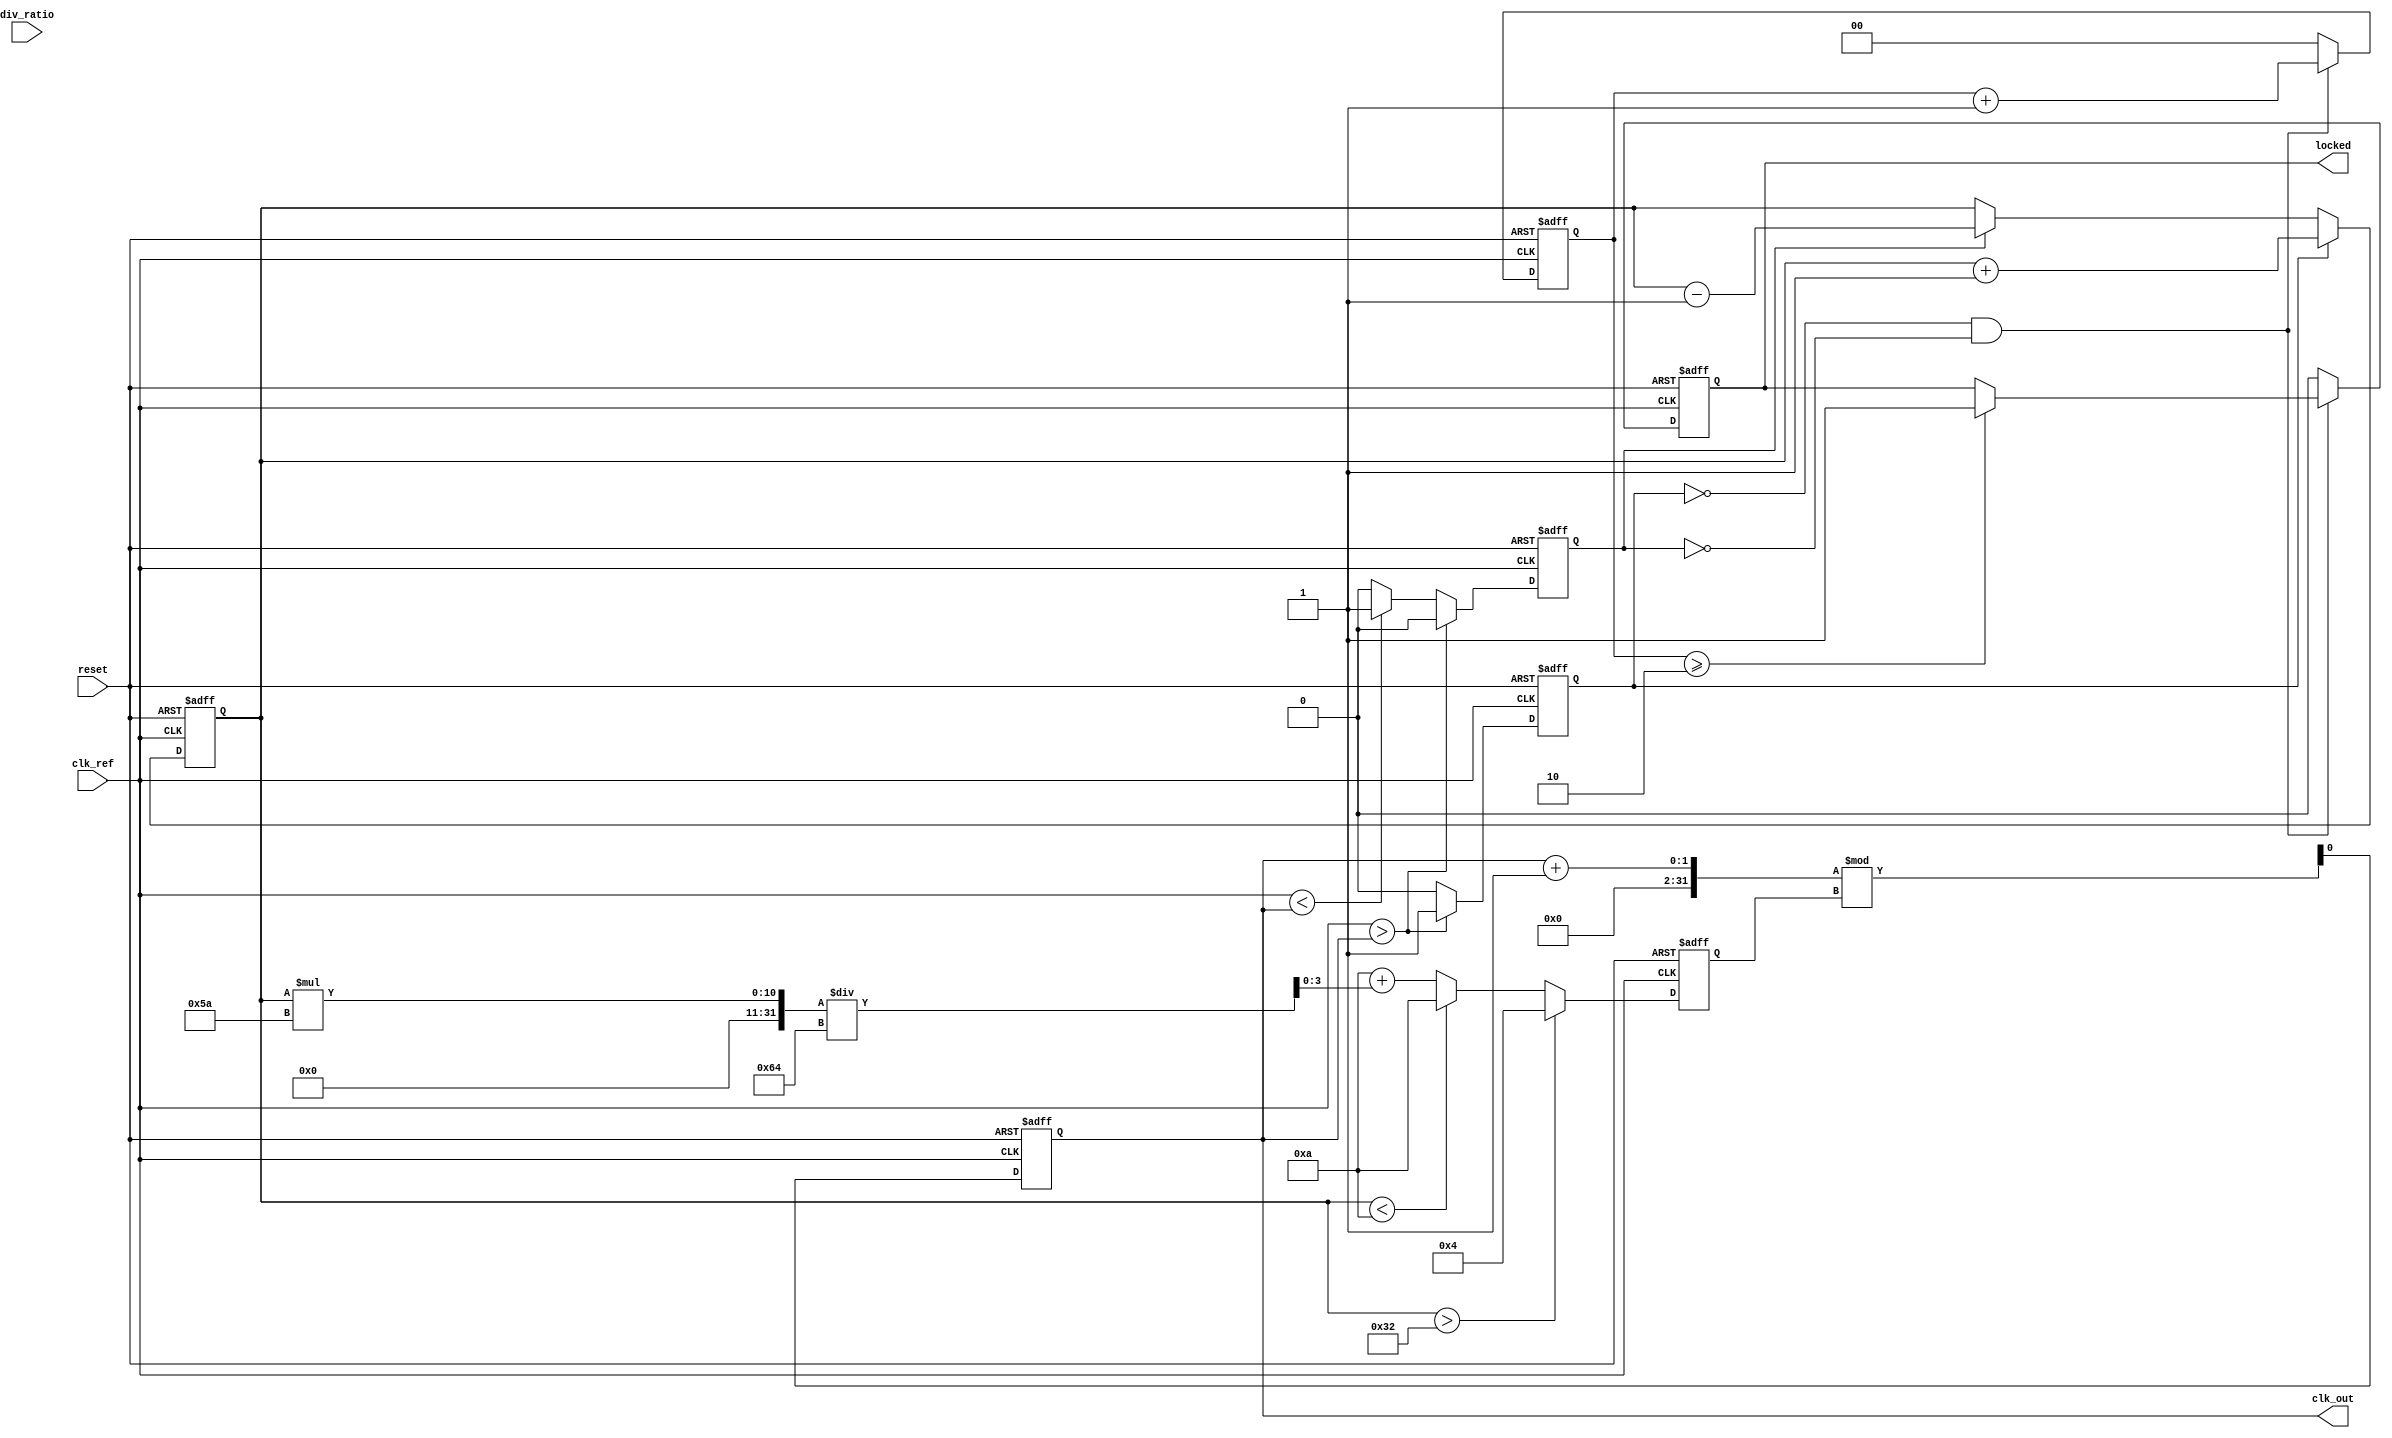
module pll (
    input wire clk_ref,            // Reference Clock Input
    input wire reset,              // Reset Signal
    input wire [N-1:0] div_ratio,  // Division Ratio for Feedback Divider
    output reg clk_out,            // Output Clock
    output reg locked              // Lock Status
);
    parameter N = 4;               // Example division ratio width
    parameter VCO_MAX_FREQ = 100;  // Maximum VCO frequency (arbitrary units)
    parameter VCO_MIN_FREQ = 10;   // Minimum VCO frequency (arbitrary units)

    reg [N-1:0] vco_freq;          // VCO Frequency
    reg [N-1:0] control_voltage;    // Control Voltage
    reg up, down;                   // PFD Outputs
    reg [1:0] state;                // State for Lock Detection

    // Phase Frequency Detector (PFD)
    always @(posedge clk_ref or posedge reset) begin
        if (reset) begin
            up <= 0;
            down <= 0;
        end else begin
            // Simplified PFD logic
            if (clk_ref > clk_out) begin
                up <= 1;
                down <= 0;
            end else if (clk_ref < clk_out) begin
                up <= 0;
                down <= 1;
            end else begin
                up <= 0;
                down <= 0;
            end
        end
    end

    // Charge Pump
    always @(posedge clk_ref or posedge reset) begin
        if (reset) begin
            control_voltage <= 0;
        end else begin
            if (up) begin
                control_voltage <= control_voltage + 1; // Increase control voltage
            end else if (down) begin
                control_voltage <= control_voltage - 1; // Decrease control voltage
            end
        end
    end

    // Voltage-Controlled Oscillator (VCO)
    always @(posedge clk_ref or posedge reset) begin
        if (reset) begin
            vco_freq <= VCO_MIN_FREQ;
            clk_out <= 0;
        end else begin
            // Adjust VCO frequency based on control voltage
            if (control_voltage > 50) begin
                vco_freq <= VCO_MAX_FREQ; // Max frequency
            end else if (control_voltage < 10) begin
                vco_freq <= VCO_MIN_FREQ; // Min frequency
            end else begin
                vco_freq <= VCO_MIN_FREQ + (control_voltage * (VCO_MAX_FREQ - VCO_MIN_FREQ) / 100);
            end
            
            // Generate output clock based on VCO frequency
            clk_out <= (clk_out + 1) % vco_freq;
        end
    end

    // Feedback Divider
    reg [N-1:0] feedback_count;
    always @(posedge clk_out or posedge reset) begin
        if (reset) begin
            feedback_count <= 0;
        end else begin
            feedback_count <= (feedback_count + 1) % div_ratio;
        end
    end

    // Lock Detection Circuit
    always @(posedge clk_ref or posedge reset) begin
        if (reset) begin
            locked <= 0;
            state <= 0;
        end else begin
            // Simple lock detection logic
            if (up == 0 && down == 0) begin
                state <= state + 1;
                if (state >= 2) begin
                    locked <= 1; // PLL is locked
                end
            end else begin
                state <= 0; // Reset state if PFD signals are active
                locked <= 0;
            end
        end
    end
endmodule